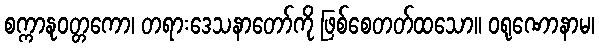
စက္ကာနုဝတ္တကော၊ တရားဒေသနာတော်ကို ဖြစ်စေတတ်ထသော။ ဝရုဏောနာမ၊